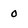
Character: 0